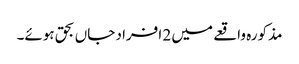
مذکورہ واقعے میں 2 افراد جاں بحق ہوئے۔